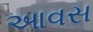
આવસ